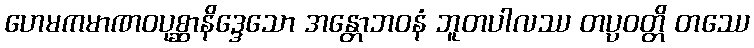
ဟေမကမာဏဝပုစ္ဆာနိဒ္ဒေသော အန္တောဘဝနံ ဘူတပါလဿ တပ္ပဝတ္တိ တဿေ